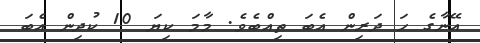
އޭނާގެ ހަ ދަރިން އެބަ ތިއްބެވެ. މާމަ ކިޔަ 10 ކުދިން އެބަ